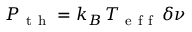
P _ { \mathrm { ~ t ~ h ~ } } = k _ { B } \, T _ { \mathrm { ~ e ~ f ~ f ~ } } \, \delta \nu